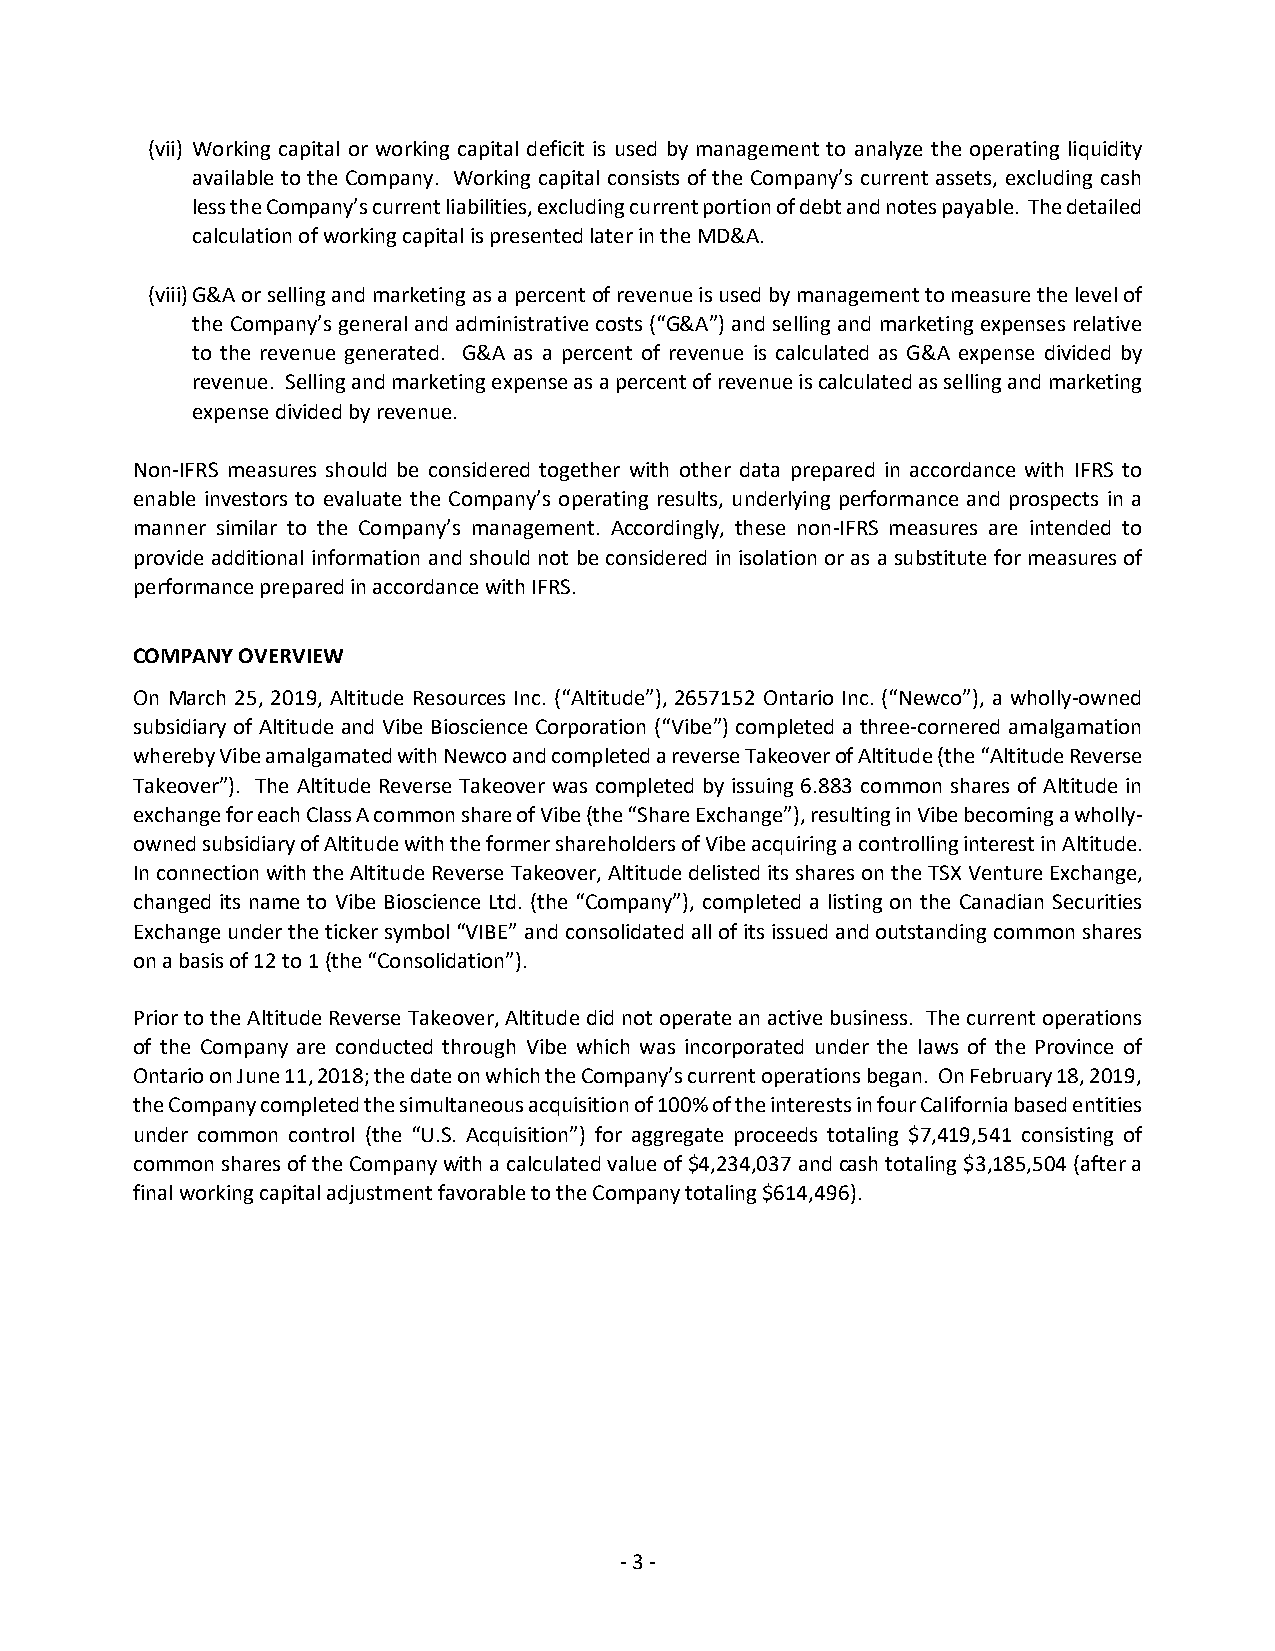
(vii) Working capital or working capital deficit is used by management to analyze the operating liquidity
 available to the Company. Working capital consists of the Company’s current assets, excluding cash
 less the Company’s current liabilities, excluding current portion of debt and notes payable. The detailed
 calculation of working capital is presented later in the MD&A.
 (viii) G&A or selling and marketing as a percent of revenue is used by management to measure the level of
 the Company’s general and administrative costs (“G&A”) and selling and marketing expenses relative
 to the revenue generated. G&A as a percent of revenue is calculated as G&A expense divided by
 revenue. Selling and marketing expense as a percent of revenue is calculated as selling and marketing
 expense divided by revenue.
 Non-IFRS measures should be considered together with other data prepared in accordance with IFRS to
 enable investors to evaluate the Company’s operating results, underlying performance and prospects in a
 manner similar to the Company’s management. Accordingly, these non-IFRS measures are intended to
 provide additional information and should not be considered in isolation or as a substitute for measures of
 performance prepared in accordance with IFRS.
 COMPANY OVERVIEW
 On March 25, 2019, Altitude Resources Inc. (“Altitude”), 2657152 Ontario Inc. (“Newco”), a wholly-owned
 subsidiary of Altitude and Vibe Bioscience Corporation (“Vibe”) completed a three-cornered amalgamation
 whereby Vibe amalgamated with Newco and completed a reverse Takeover of Altitude (the “Altitude Reverse
 Takeover”). The Altitude Reverse Takeover was completed by issuing 6.883 common shares of Altitude in
 exchange for each Class A common share of Vibe (the “Share Exchange”), resulting in Vibe becoming a wholly-
 owned subsidiary of Altitude with the former shareholders of Vibe acquiring a controlling interest in Altitude.
 In connection with the Altitude Reverse Takeover, Altitude delisted its shares on the TSX Venture Exchange,
 changed its name to Vibe Bioscience Ltd. (the “Company”), completed a listing on the Canadian Securities
 Exchange under the ticker symbol “VIBE” and consolidated all of its issued and outstanding common shares
 on a basis of 12 to 1 (the “Consolidation”).
 Prior to the Altitude Reverse Takeover, Altitude did not operate an active business. The current operations
 of the Company are conducted through Vibe which was incorporated under the laws of the Province of
 Ontario on June 11, 2018; the date on which the Company’s current operations began. On February 18, 2019,
 the Company completed the simultaneous acquisition of 100% of the interests in four California based entities
 under common control (the “U.S. Acquisition”) for aggregate proceeds totaling $7,419,541 consisting of
 common shares of the Company with a calculated value of $4,234,037 and cash totaling $3,185,504 (after a
 final working capital adjustment favorable to the Company totaling $614,496).
 - 3 -